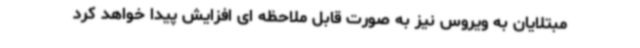
مبتلایان به ویروس نیز به صورت قابل ملاحظه ای افزایش پیدا خواهد کرد